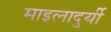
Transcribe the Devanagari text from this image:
माइलादुर्यी